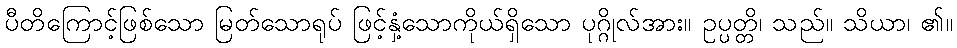
ပီတိကြောင့်ဖြစ်သော မြတ်သောရုပ် ဖြင့်နှံ့သောကိုယ်ရှိသော ပုဂ္ဂိုလ်အား။ ဥပ္ပတ္တိ၊ သည်။ သိယာ၊ ၏။